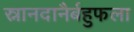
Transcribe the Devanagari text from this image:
स्नानदानैर्बहुफला